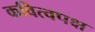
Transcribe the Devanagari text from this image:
कवित्वपक्ष